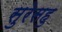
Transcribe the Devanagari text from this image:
सुरेसहु